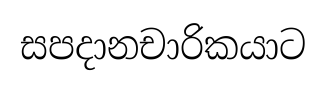
සපදානචාරිකයාට